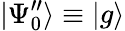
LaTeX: |\Psi_{0}^{\prime\prime}\rangle\equiv|g\rangle